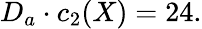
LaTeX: D_{a}\cdot c_{2}(X)=24.